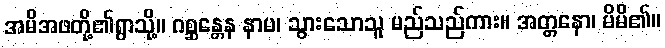
အမိအဖတို့၏ရွာသို့။ ဂစ္ဆန္တေန နာမ၊ သွားသောသူ မည်သည်ကား။ အတ္တနော၊ မိမိ၏။